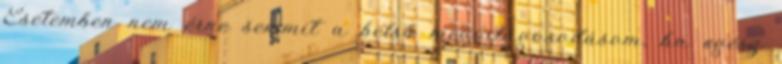
Esetemben nem érne semmit a belső megvilágosodásom, ha egész